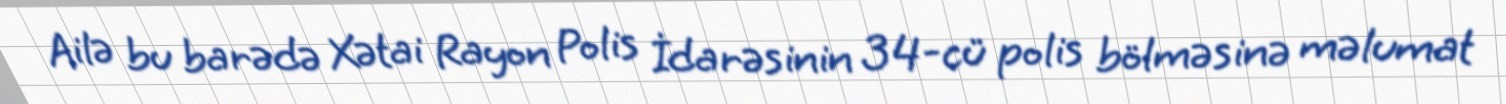
Ailə bu barədə Xətai Rayon Polis İdarəsinin 34-cü polis bölməsinə məlumat